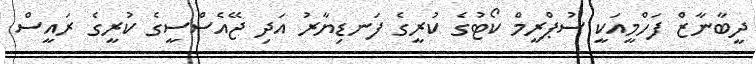
ދީބާނާޒް ފަހްމީއަކީ ސުޕްރީމް ކޯޓުގެ ކުރީގެ ފަނޑިޔާރު އަދި ޖޭއެސްސީގެ ކުރީގެ ރައީސް